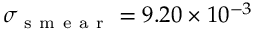
\sigma _ { \mathrm { ~ s ~ m ~ e ~ a ~ r ~ } } = 9 . 2 0 \times 1 0 ^ { - 3 }